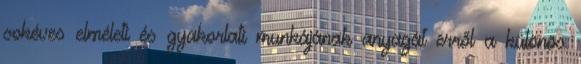
sokéves elméleti és gyakorlati munkájának anyagát erről a különös